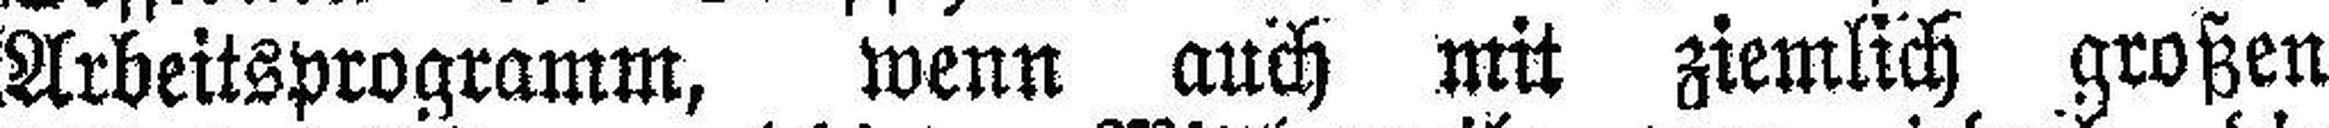
Arbeitsprogramm, wenn auch mit ziemlich großen